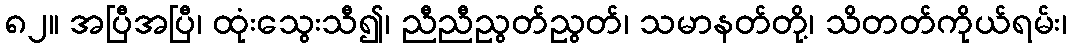
၈၂။ အပြီအပြီ၊ ထုံးသွေးသီ၍၊ ညီညီညွတ်ညွတ်၊ သမာနတ်တို့၊ သိတတ်ကိုယ်ရမ်း၊